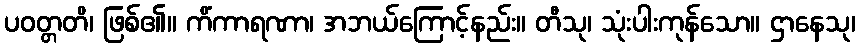
ပဝတ္တတိ၊ ဖြစ်၏။ ကိံကာရဏာ၊ အဘယ်ကြောင့်နည်း။ တီသု၊ သုံးပါးကုန်သော။ ဌာနေသု၊